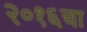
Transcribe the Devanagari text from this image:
२०१६चा